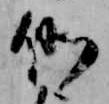
例